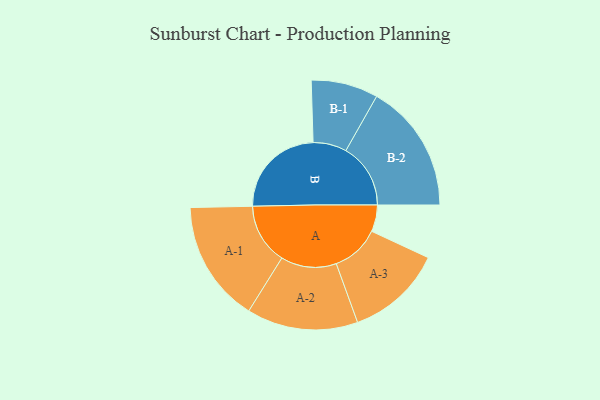
{"axis": {"x": "Segment", "y": "Value"}, "legend": ["", "A", "B"], "data": [{"x": "A", "y": 117, "type": ""}, {"x": "B", "y": 420, "type": ""}, {"x": "A-1", "y": 267, "type": "A"}, {"x": "A-2", "y": 244, "type": "A"}, {"x": "A-3", "y": 212, "type": "A"}, {"x": "B-1", "y": 147, "type": "B"}, {"x": "B-2", "y": 284, "type": "B"}]}